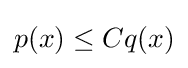
p(x)\leq Cq(x)